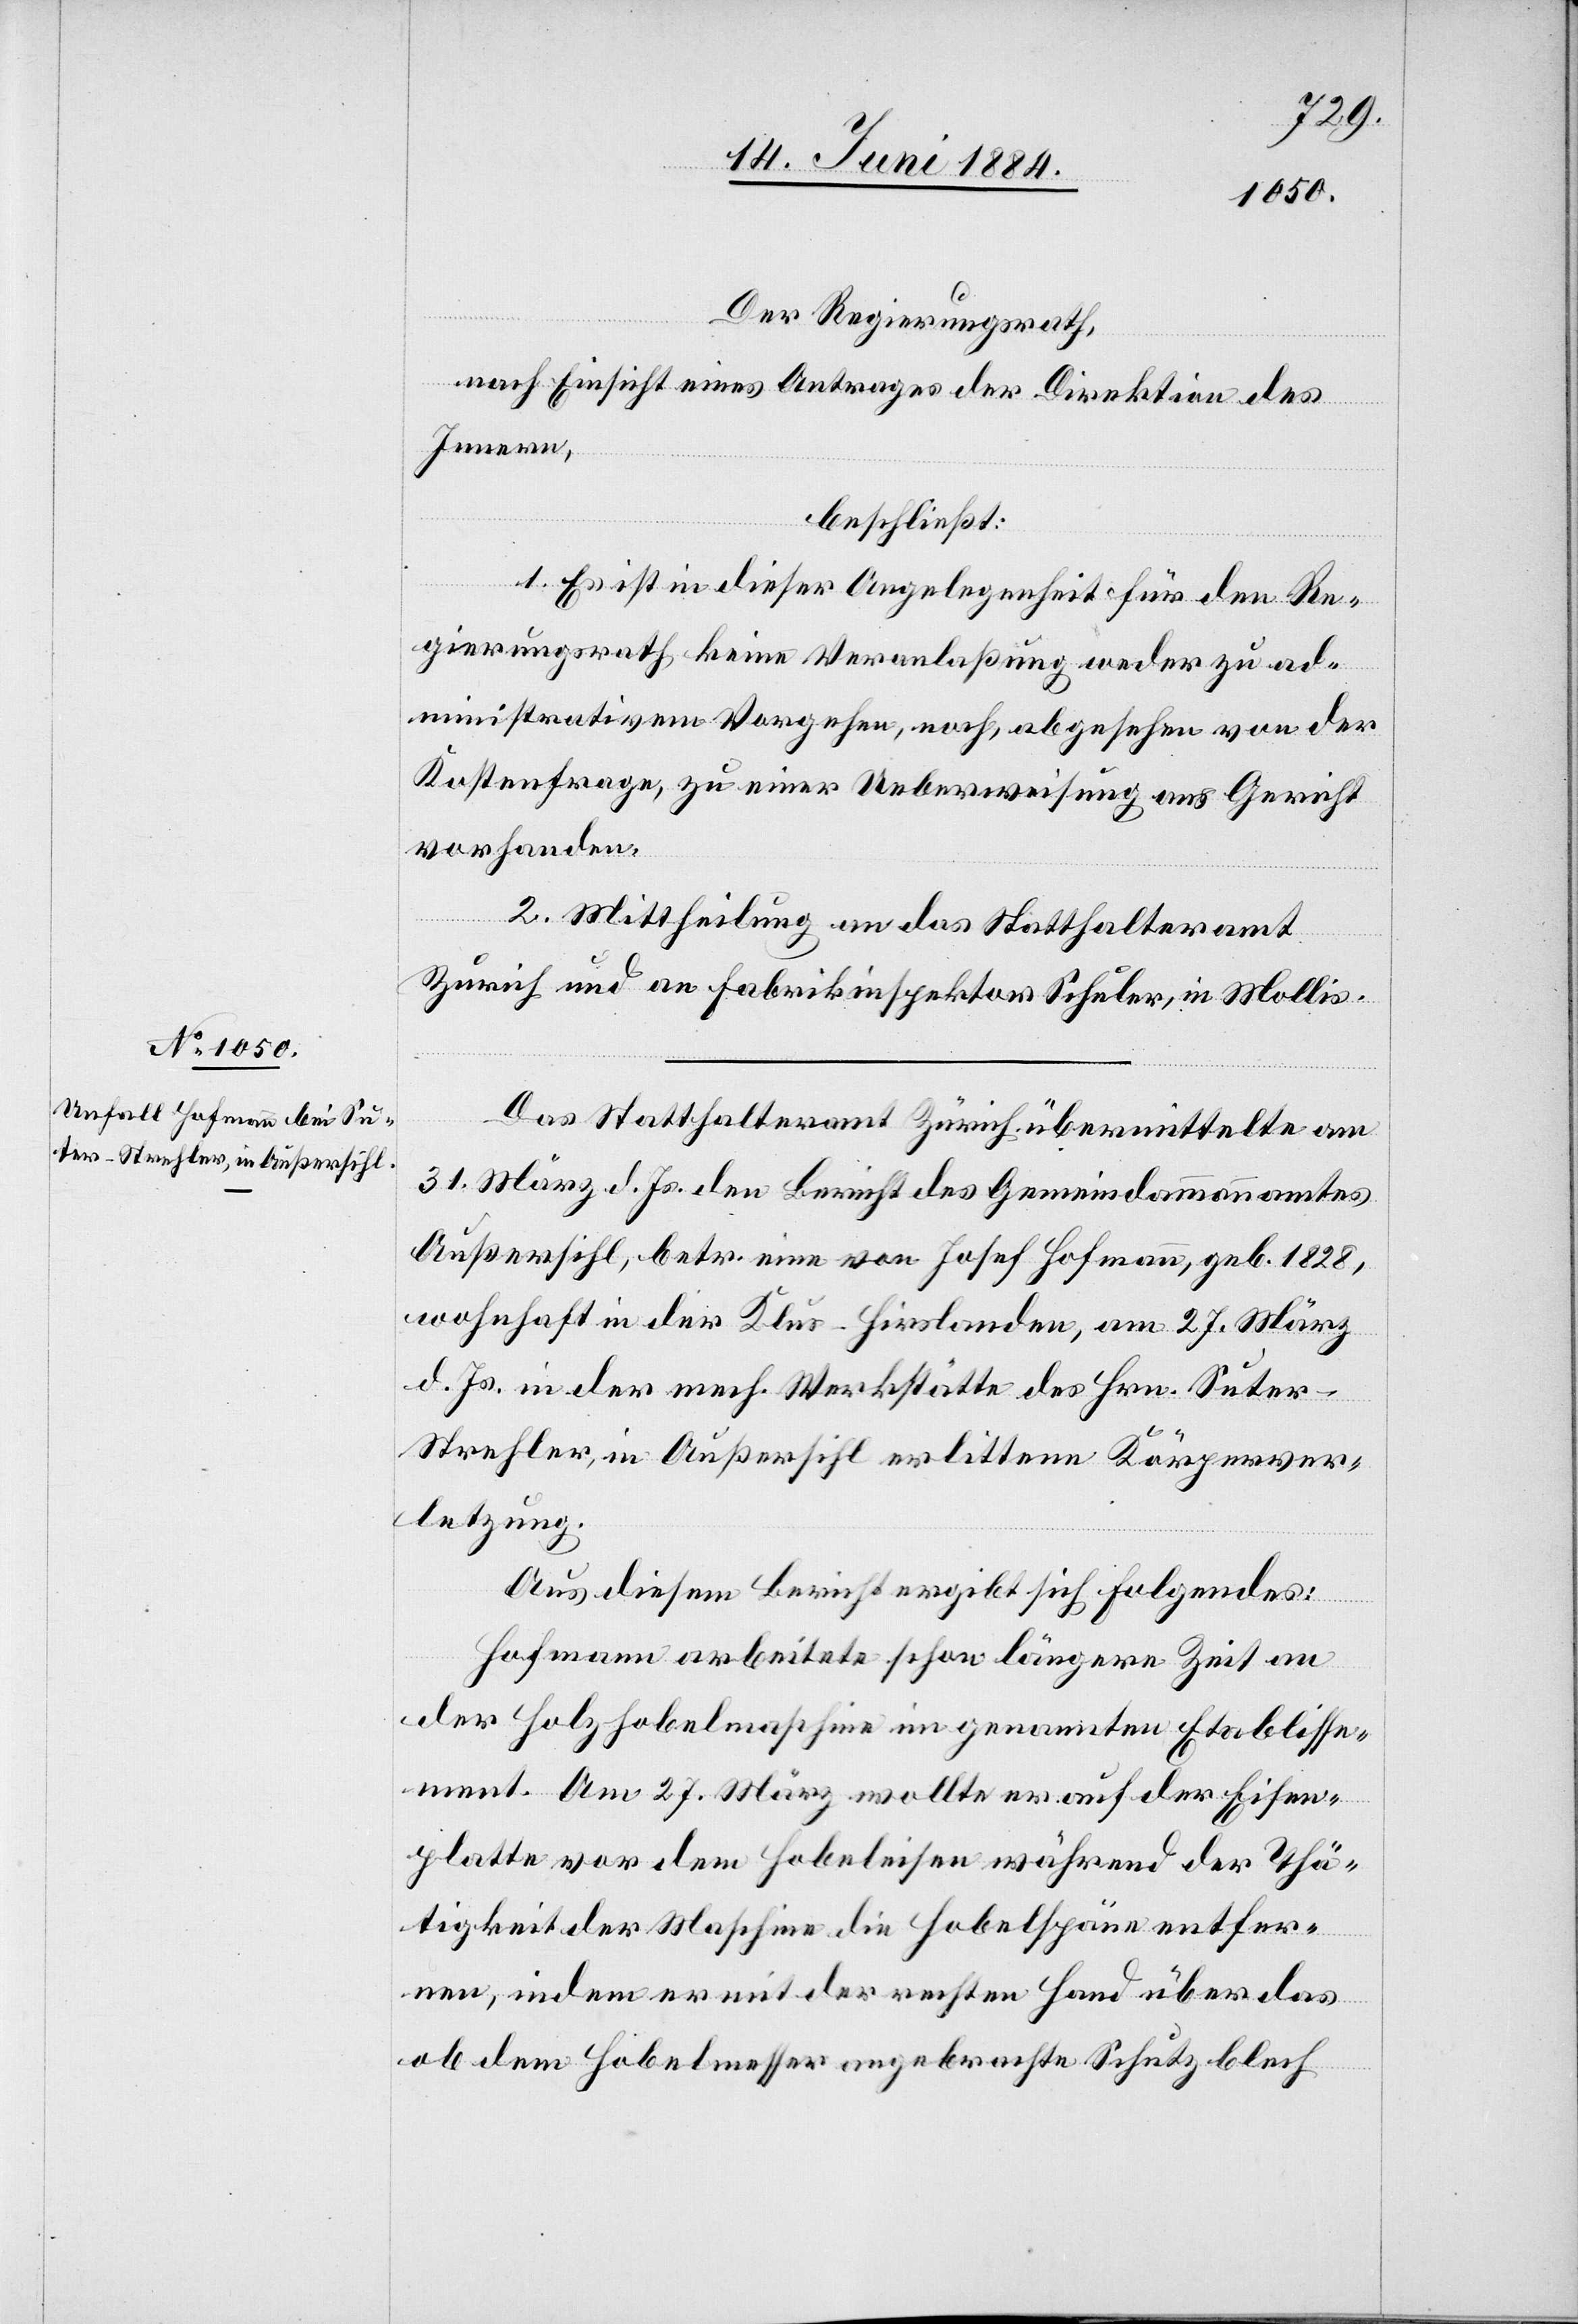
Der Regierungsrath,
nach Einsicht eines Antrages der Direktion des
Innern,
beschließt:
1. Es ist in dieser Angelegenheit für den Re¬
gierungsrath keine Veranlaßung weder zu ad¬
ministrativem Vorgehen, noch, abgesehen von der
Kostenfrage, zu einer Ueberweisung ans Gericht
vorhanden.
2. Mittheilung an das Statthalteramt
Zürich und an Fabrikinspektor Schuler, in Mollis.
Das Statthalteramt Zürich übermittelte am
31. März d. Js. den Bericht des Gemeindammannamtes
Außersihl, betr. eine von Josef Hofmann, geb. 1828,
wohnhaft in der Klus - Hirslanden, am 27. März
d. Js. in der mech. Werkstätte des Hrn. Suter-S¬
trehler, in Außersihl erlittenen Körperver¬
letzung.
Aus diesem Bericht ergibt sich folgendes:
Hofmann arbeitete schon längere Zeit an
der Holzhobelmaschine im genannten Etablisse¬
ment. Am 27. März wollte er auf der Eisen¬
platte vor dem Hobeleisen während der Thä¬
tigkeit der Maschine die Hobelspäne entfer¬
nen, indem er mit der rechten Hand über das
ob dem Hobelmesser angebrachte Schutzblech